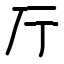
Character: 厅